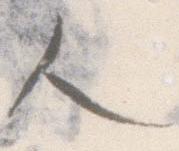
人